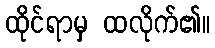
ထိုင်ရာမှ ထလိုက်၏။